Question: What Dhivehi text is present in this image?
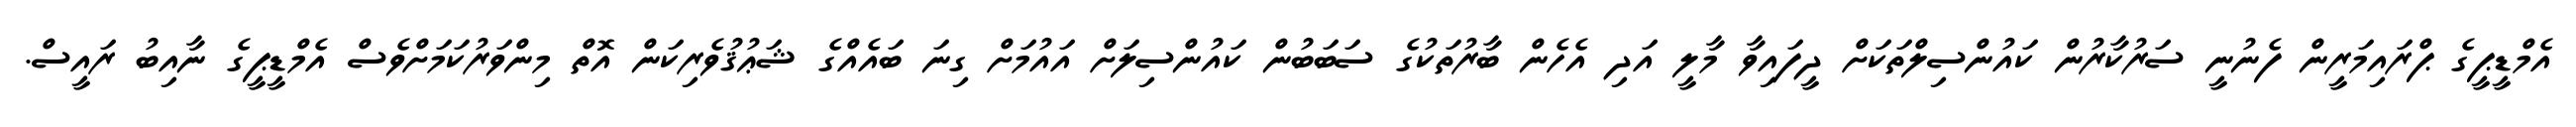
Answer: އެމްޑީޕީގެ ޕްރައިމަރީން ފެނުނީ ސަރުކާރުން ކައުންސިލްތަކަށް ދީފައިވާ މާލީ އަދި އެހެން ބާރުތަކުގެ ސަބަބުން ކައުންސިލަށް އައުމަށް ގިނަ ބައެއްގެ ޝަޢުޤުވެރިކަން އޮތް މިންވަރުކަމަށްވެސް އެމްޑީޕީގެ ނާއިބު ރައީސް.